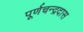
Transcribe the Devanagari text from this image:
पूर्णचन्द्रदास